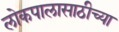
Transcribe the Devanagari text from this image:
लोकपालासाठीच्या